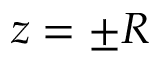
z = \pm R